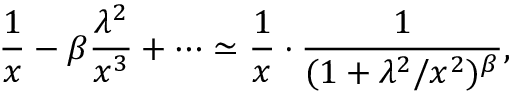
\frac { 1 } { x } - \beta \frac { \lambda ^ { 2 } } { x ^ { 3 } } + \cdots \simeq \frac { 1 } { x } \cdot \frac { 1 } { ( 1 + \lambda ^ { 2 } / x ^ { 2 } ) ^ { \beta } } ,